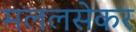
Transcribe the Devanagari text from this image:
मललसेकर